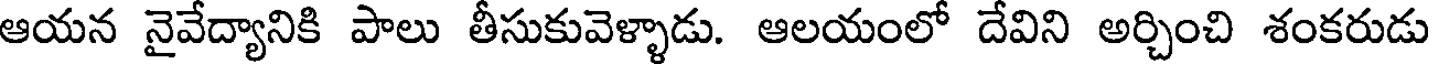
ఆయన నైవేద్యానికి పాలు తీసుకువెళ్ళాడు. ఆలయంలో దేవిని అర్చించి శంకరుడు